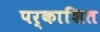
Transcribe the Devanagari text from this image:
पर्काशित